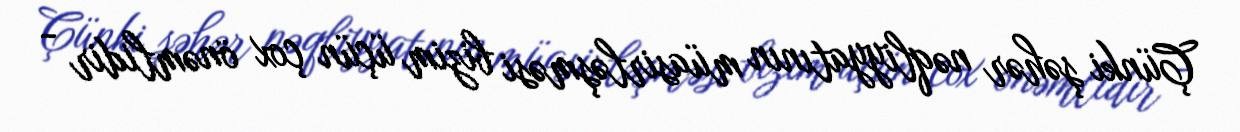
Çünki şəhər nəqliyyatının müasirləşməsi bizim üçün çox önəmlidir -